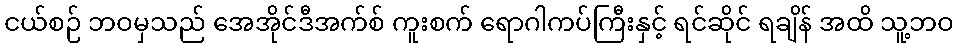
ငယ်စဉ် ဘဝမှသည် အေအိုင်ဒီအက်စ် ကူးစက် ရောဂါကပ်ကြီးနှင့် ရင်ဆိုင် ရချိန် အထိ သူ့ဘဝ